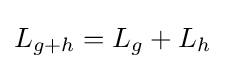
L_{g+h}=L_{g}+L_{h}